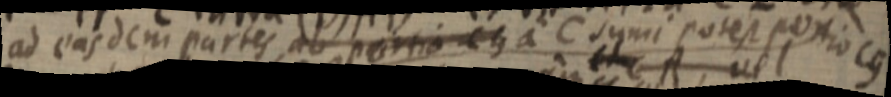
ad easdem partes ab portio _ a C sumi potest portio cg